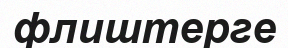
флиштерге